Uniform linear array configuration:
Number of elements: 48
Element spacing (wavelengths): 1
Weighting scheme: cosine
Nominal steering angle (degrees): -60
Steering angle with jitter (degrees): -58.315
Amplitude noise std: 0.05
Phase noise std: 0.05

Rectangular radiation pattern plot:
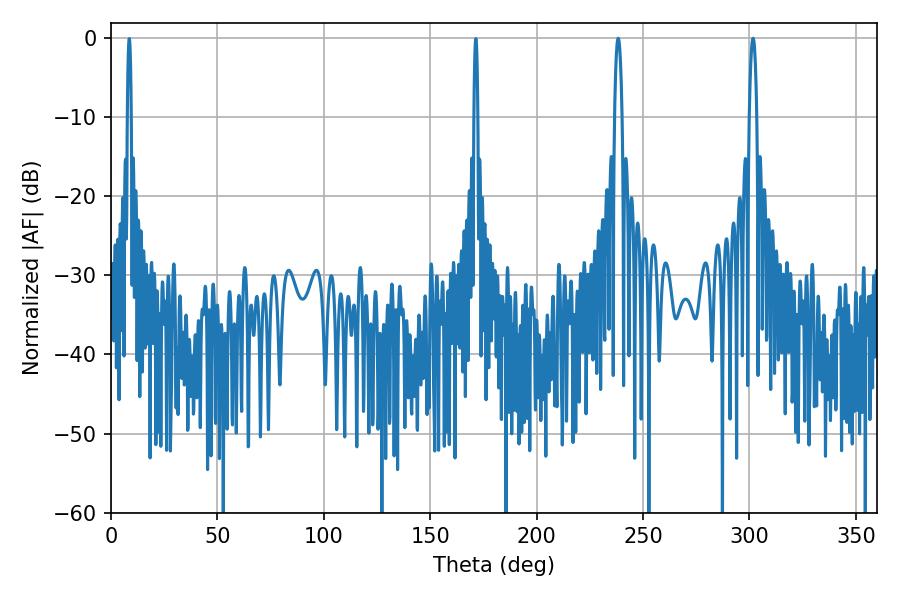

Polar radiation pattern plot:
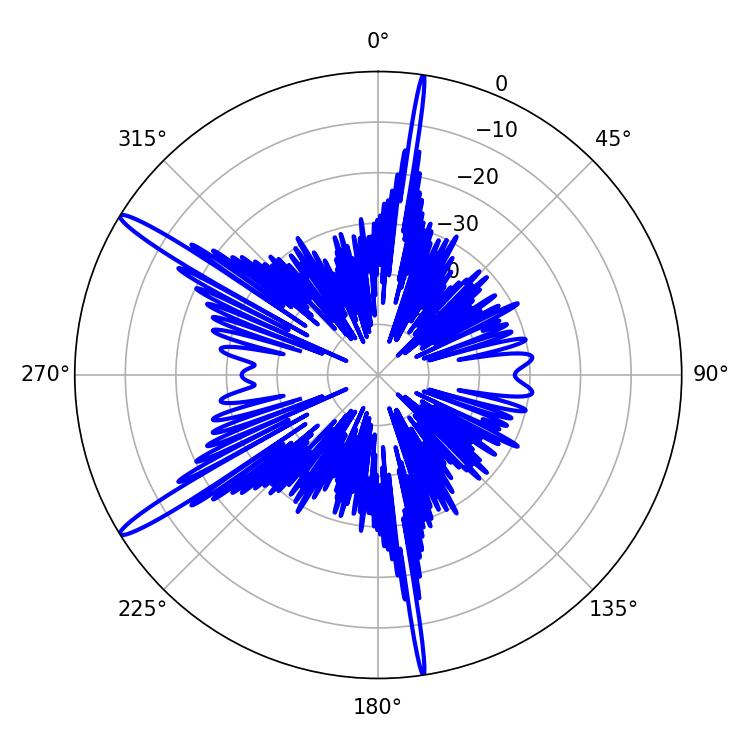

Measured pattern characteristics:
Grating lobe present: TRUE
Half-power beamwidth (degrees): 1.8
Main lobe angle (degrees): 301.68